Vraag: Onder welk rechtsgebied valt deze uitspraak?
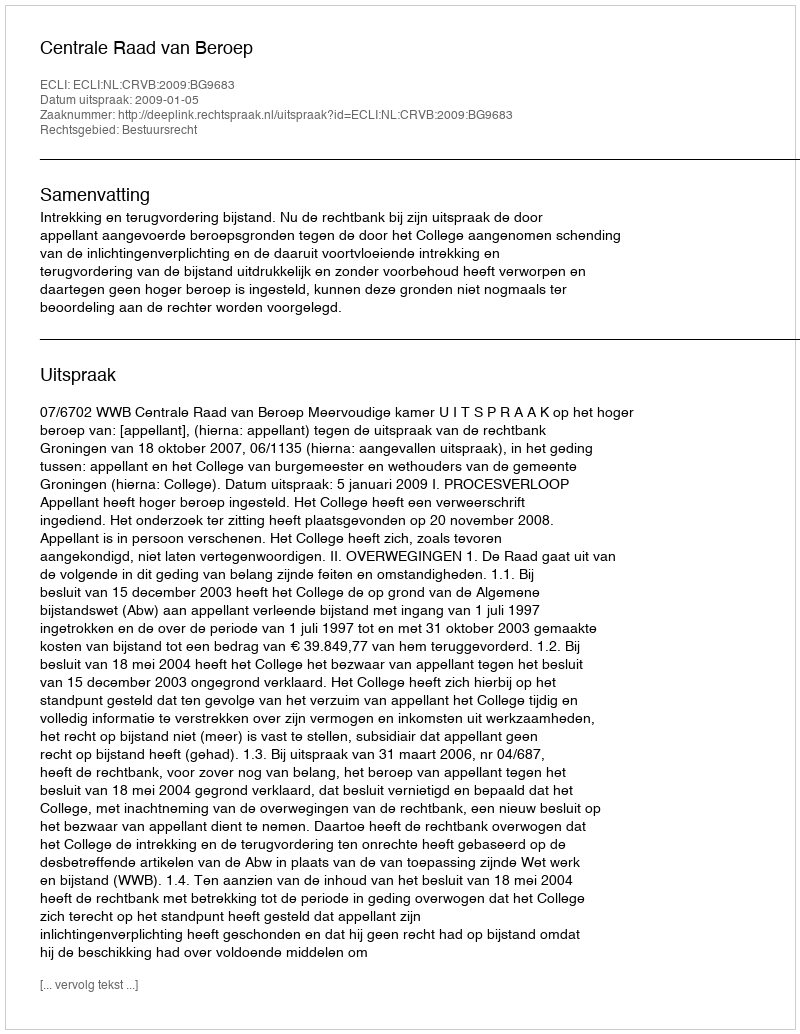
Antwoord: Bestuursrecht